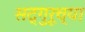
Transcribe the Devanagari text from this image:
सद्गुरूच्या